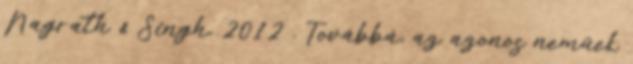
Nagrath & Singh, 2012 . Továbbá, az azonos neműek